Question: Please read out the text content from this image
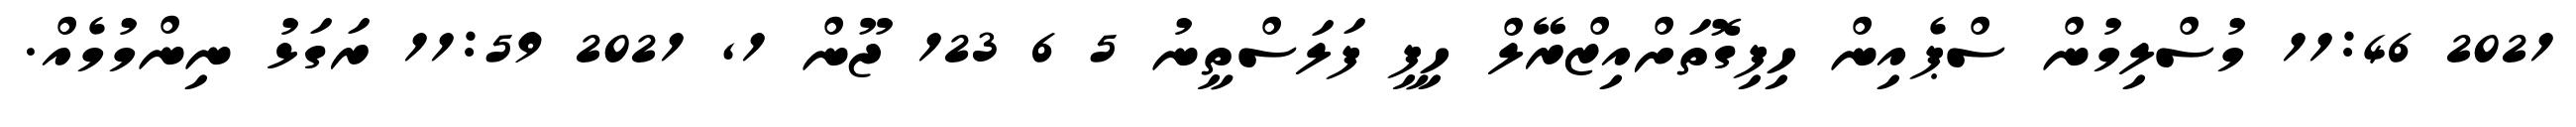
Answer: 2021 11:46 މުސްލިމުން ސްޕެއިން ހިފިގޮތަށްއިޒްރޭލް ހިފީ ފަލަސްތީނު 5 6 123 ޖޫން 1, 2021 11:59 ރަގަޅު ނިންމުމެއް.